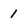
Character: 1